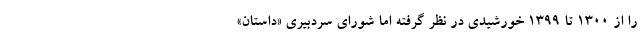
را از 1300 تا 1399 خورشیدی در نظر گرفته اما شورای سردبیری «داستان»